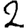
Digit: 2